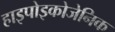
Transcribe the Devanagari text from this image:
हाइपोइकोजेनिक